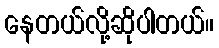
နေတယ်လို့ဆိုပါတယ်။